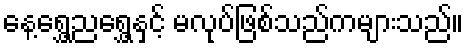
နေ့ရွှေ့ညရွှေ့နှင့် မလုပ်ဖြစ်သည်ကများသည်။